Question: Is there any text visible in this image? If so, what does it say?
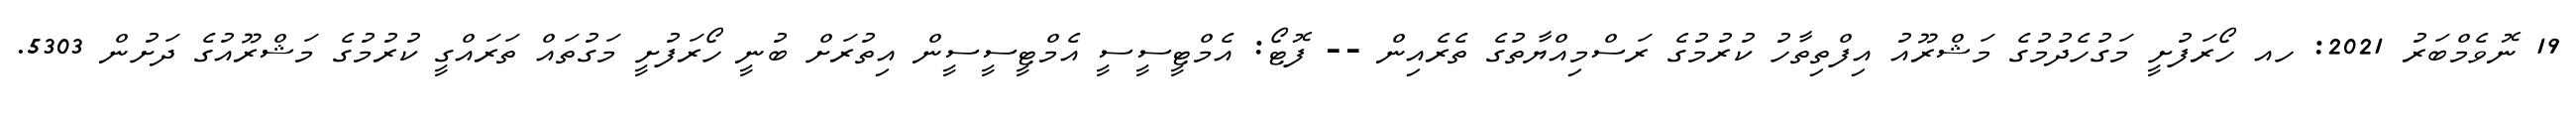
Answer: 19 ނޮވެމްބަރު 2021: ހއ ހޯރަފުށީ މަގުހެދުމުގެ މަޝްރޫއު އިފްތިތާހު ކުރުމުގެ ރަސްމިއްޔާތުގެ ތެރެއިން -- ފޮޓޯ: އެމްޓީސީސީ އެމްޓީސީސީން އިތުރަށް ބުނީ ހޯރަފުށީ މަގުތައް ތަރައްގީ ކުރުމުގެ މަޝްރޫއުގެ ދަށުން 5303.